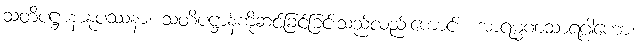
သတိပဋ္ဌာနာနုပဿနာ၊ သတိပဋ္ဌာန်ကိုဆင်ခြင်ခြင်းသည်လည်းကောင်း။ အာရမ္မဏသာရဂ္ဂါဟော၊